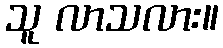
သူ လာသလား။